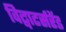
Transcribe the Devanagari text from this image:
विट्वाटर्सरेंड